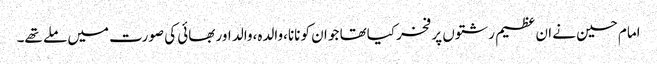
امام حسین نے ان عظیم رشتوں پر فخر کیاتھا جو ان کو نانا،والدہ،والد اور بھائی کی صورت میں ملے تھے۔